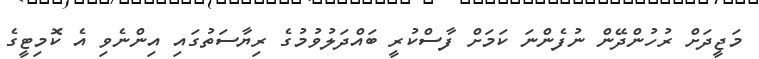
މަޖީދަށް ރުހުންދޭން ނުފެންނަ ކަމަށް ފާސްކުރީ ބައްދަލުވުމުގެ ރިޔާސަތުގައި އިންނެވި އެ ކޮމިޓީގެ